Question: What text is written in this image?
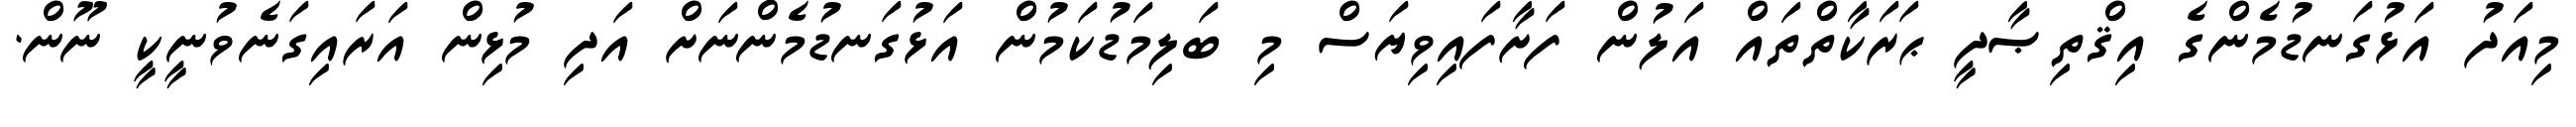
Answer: މިއަދު އަޅުގަނޑުމެންގެ އިޤްތިޞާދީ ޙަރަކާތްތައް އަލުން ފަށާފައިވިޔަސް މި ބަލިމަޑުކަމުން އަޅުގަނޑުމެންނަށް އަދި މުޅިން އަރައިގަނެވުނީކީ ނޫން.